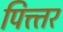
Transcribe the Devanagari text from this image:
पित्त्तर